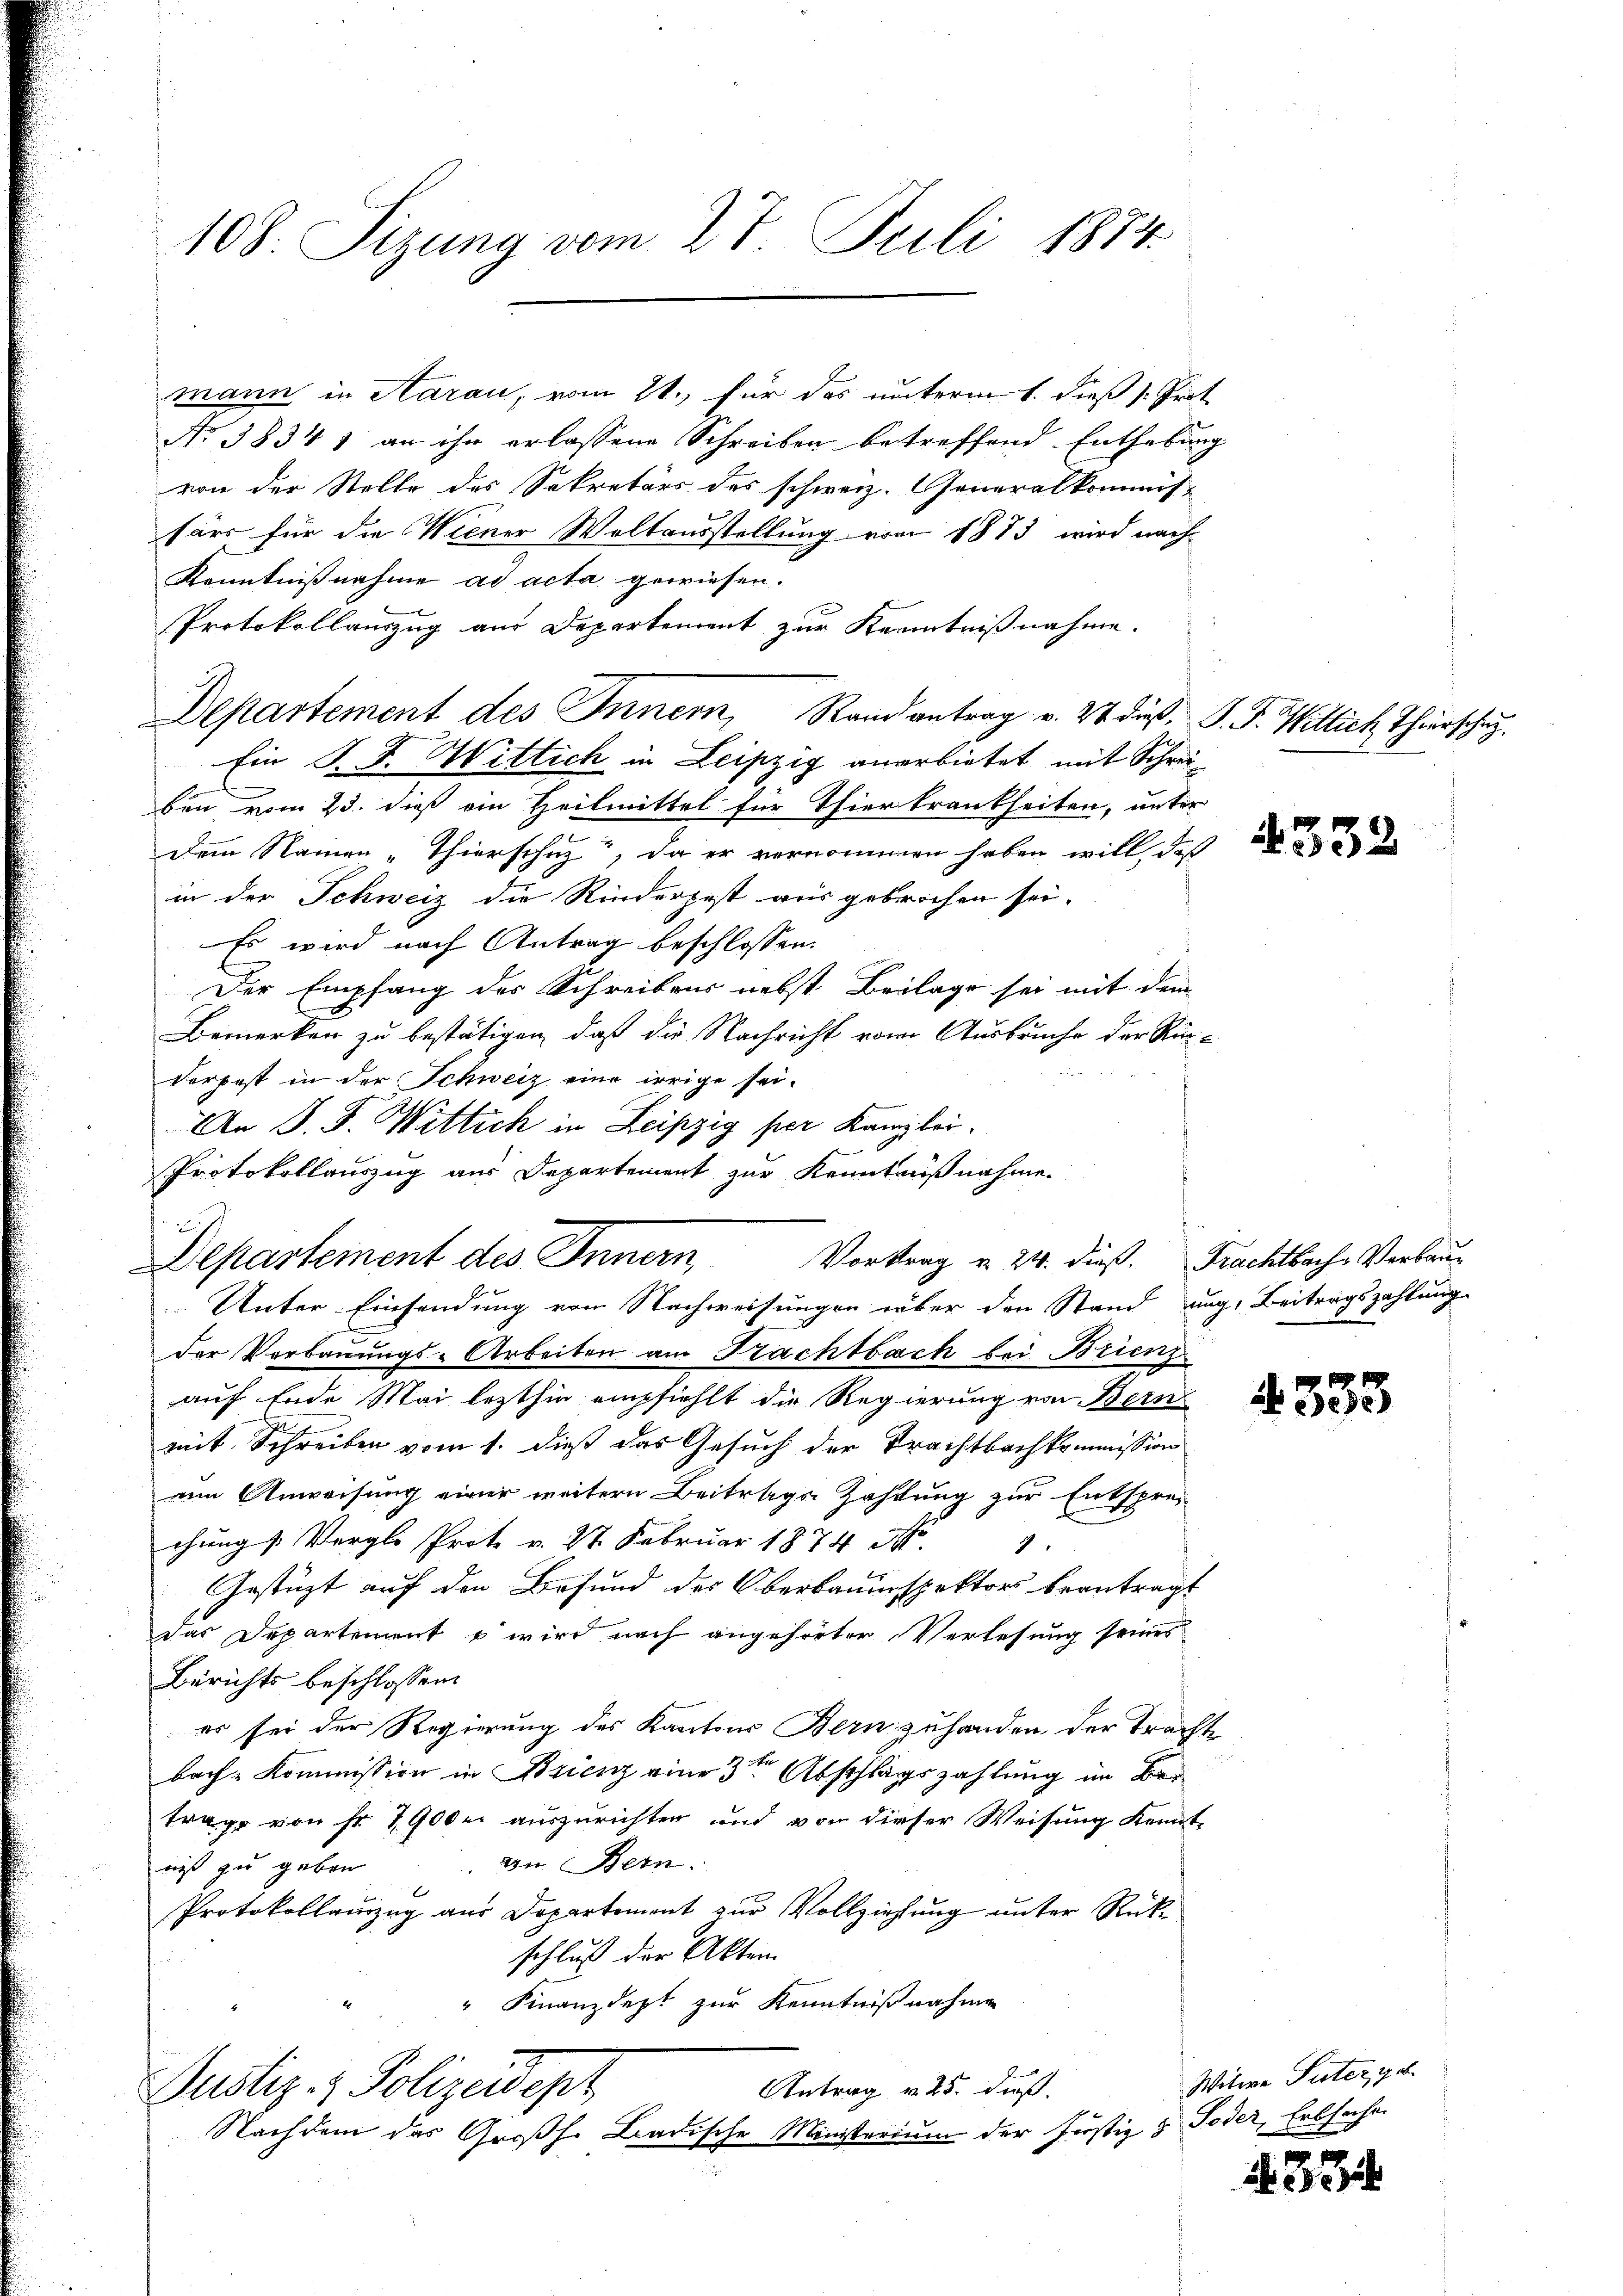
108. Sizung vom 27. Juli 1874.

mann in Aarau, vom 21., für das unterm 1. dieß s. Prot
No 38341 an ihn erlassene Schreiben betreffend Enthebung
von der Stelle des Sekretärs des schweiz. Generalkommis-
särs für die Wiener Weltausstellung vom 1873 wird nach
Kenntnißnahme ad acta gewiesen.
Protokollauszug aus Departement zur Kenntnißnahme.
Departement des Innern, Rand antrag v. 27. dieß, P. F. Willich Thierschu
Ein P. F. Wittich in Leipzig anerbietet mit Schreiben vom 23. dieß ein Heilmittel für Thierkrankheiten, unter
Dem Namen „Thierschuz, da er vernommen haben will, daß
in der Schweiz die Rinderpest aus gebrochen sei.
Es wird nach Antrag beschlossen:
Der Empfang der Schreibens nebst Beilage sei mit dem
Bemerken zu bestätigen, daß die Nachricht vom Ausbruche der Rüc
derpest in der Schweiz eine irrige sei¬
An J. F. Wittich in Leipzig per Kanzlei
Departement des Innern,
der Verbauungs-Arbeiten am Nachtbach bei Brien
auf Ende Mai lezthin empfiehlt die Regierung von Bern
mit Schreiben vom 1. dieß das Gesuch der Trachtbachkommission
eim Anweisung einer weitern Beitrage Zahlung zur Entsprechung Vergl. Prot v. 27. Februar 1874 N. "
Gestüzt auf den Besund des Oberbauinspektors beantragt
das Departement u wird nach angehörter Verlesung seines
Berichts beschlossen:
es sei der Regierung des Kantons Bern zuhanden der Trachte
r
bach-Kommission in Brienz eine 3 Abschlagszahlung im Ber
trage von fr. 1900 auszurichten und von dieser Weisung Kennt
niß zu geben. In Bern.
Protokollauzug aus Departement zur Vollziehung unter Rückschluß der Akten
" Finanzdept zur Kenntnißnahmen
Antrag v. 25. dieß.
Justiz- & Polizeidept
Nachdem das Großh. Badische Ministerium der Justiz & Foder, Erbsachen

u

Protokollauszug aus Departement zur Kenntnißnahme.
Vortrag u. 24. dieß. Frachtbach Verbaue
Unter Einsendung von Nachweisungen über den Stand aug. Beitragszahlung

4332

4333

Witwe Puter ge

2334